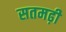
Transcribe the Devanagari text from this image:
सतमढ़ी